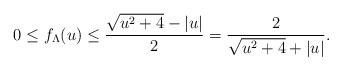
LaTeX: \begin{align*}0\leq f_\Lambda(u) \leq \frac{\sqrt{u^2+4}-|u|}{2} = \frac{2}{\sqrt{u^2+4}+|u|}. \end{align*}